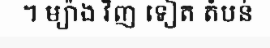
។ ម្យ៉ាង វិញ ទៀត តំបន់